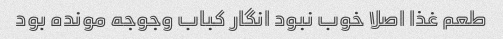
طعم غذا اصلا خوب نبود انگار کباب وجوجه مونده بود